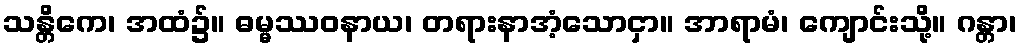
သန္တိကေ၊ အထံ၌။ ဓမ္မဿဝနာယ၊ တရားနာအံ့သောငှာ။ အာရာမံ၊ ကျောင်းသို့။ ဂန္တာ၊